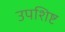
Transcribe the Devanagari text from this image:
उपशिष्ट